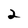
Character: 2